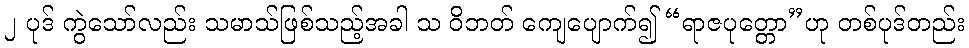
၂ ပုဒ် ကွဲသော်လည်း သမာသ်ဖြစ်သည့်အခါ သ ဝိဘတ် ကျေပျောက်၍ “ရာဇပုတ္တော”ဟု တစ်ပုဒ်တည်း